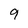
Character: 9